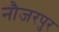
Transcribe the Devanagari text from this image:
नौजरपुर